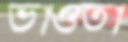
ভাওতা